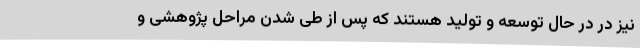
نیز در در حال توسعه و تولید هستند که پس از طی شدن مراحل پژوهشی و